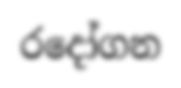
රදෝගන